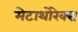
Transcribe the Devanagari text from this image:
मेटाथोरेक्स